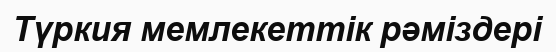
Түркия мемлекеттік рәміздері